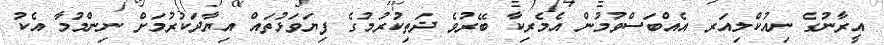
އީރާނުގެ ނިއުކްލިއަރ އެއްބަސްވުމުން އެމެރިކާ ބޭރުވެ ދަތިކުރުމުގެ ފިޔަވަޅުތައް އިޔާދަކުރުމަށް ނިންމުމާ އެކު